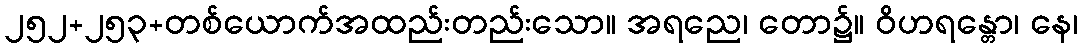
၂၅၂+၂၅၃+တစ်ယောက်အထည်းတည်းသော။ အရညေ၊ တော၌။ ဝိဟရန္တော၊ နေ၊